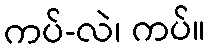
ကပ်-လဲ၊ ကပ်။